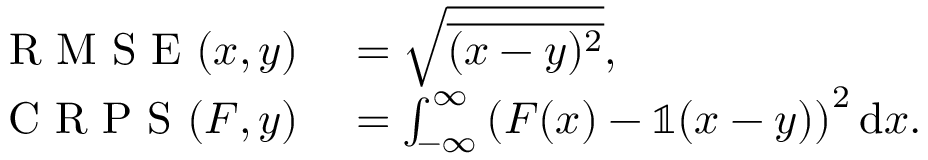
\begin{array} { r l } { \mathrm { ~ R ~ M ~ S ~ E ~ } ( x , y ) } & { { } = \sqrt { \overline { { ( x - y ) ^ { 2 } } } } , } \\ { \mathrm { ~ C ~ R ~ P ~ S ~ } ( F , y ) } & { { } = \int _ { - \infty } ^ { \infty } \left( F ( x ) - \mathbb { 1 } ( x - y ) \right) ^ { 2 } \mathrm { d } x . } \end{array}